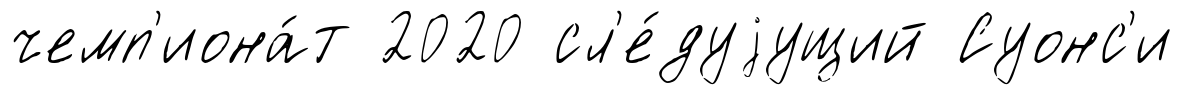
чемп'иона́т 2020 сл'е́дуjущий Суонс'и